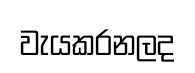
වැයකරනලද